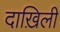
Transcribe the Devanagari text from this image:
दाख़िली